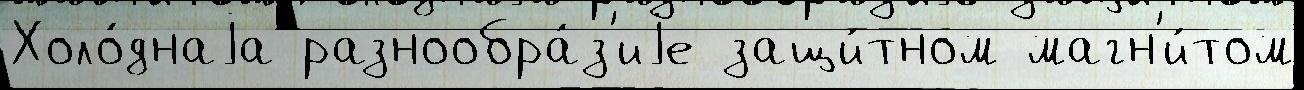
Холо́днаjа разнообра́з'иjе защи́тном магн'и́том